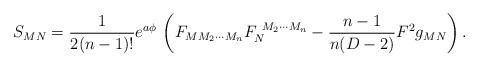
LaTeX: \begin{align*}S_{MN} = {1\over 2(n-1)!} e^{a\phi}\, \left(F_{M M_2 \cdots M_n}F_N^{\ M_2 \cdots M_n} -{n-1\over n(D-2)} F^2 g_{MN}\right).\end{align*}